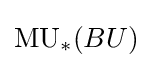
\operatorname {MU} _{*}(BU)